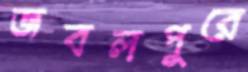
জবলপুরে